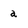
Character: a